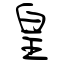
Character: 皇